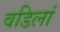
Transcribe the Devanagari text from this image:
वडिलां